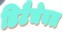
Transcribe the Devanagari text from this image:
डिटैचेबल